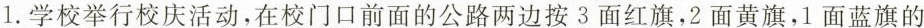
1.学校举行校庆活动，在校门口前面的公路两边按3面红旗，2面黄旗，1面蓝旗的